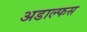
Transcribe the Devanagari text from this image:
अडाल्फस